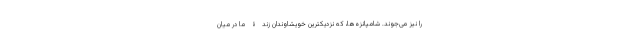
را نیز می‌جوند. شامپانزه‌ها، که نزدیکترین خویشاوندان زندۀ ما در میان